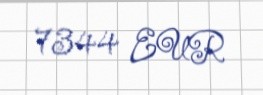
7344 EUR